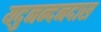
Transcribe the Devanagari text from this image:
यदुनन्दनदास